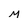
Character: M